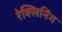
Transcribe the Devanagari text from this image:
रेक्लिनिंग